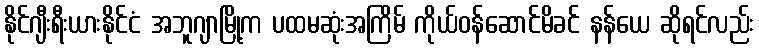
နိုင်ဂျီးရီးယားနိုင်ငံ အဘူဂျာမြို့က ပထမဆုံးအကြိမ် ကိုယ်ဝန်ဆောင်မိခင် နန်ယေ ဆိုရင်လည်း